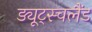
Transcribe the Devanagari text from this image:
ड्यूट्स्चलैंड